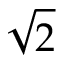
\sqrt { 2 }